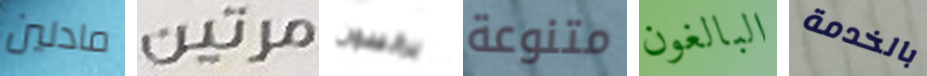
مادلين مرتين برانسون متنوعة البالغون بالخدمة